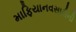
માફિયાનવસારીની